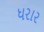
ધરાર